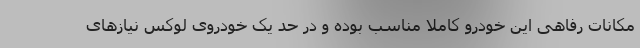
مکانات رفاهی این خودرو کاملا مناسب بوده و در حد یک خودروی لوکس نیازهای